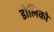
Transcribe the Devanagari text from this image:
डोलिको